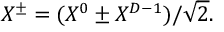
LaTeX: X ^ { \pm } = ( X ^ { 0 } \pm X ^ { D - 1 } ) / \sqrt { 2 } .